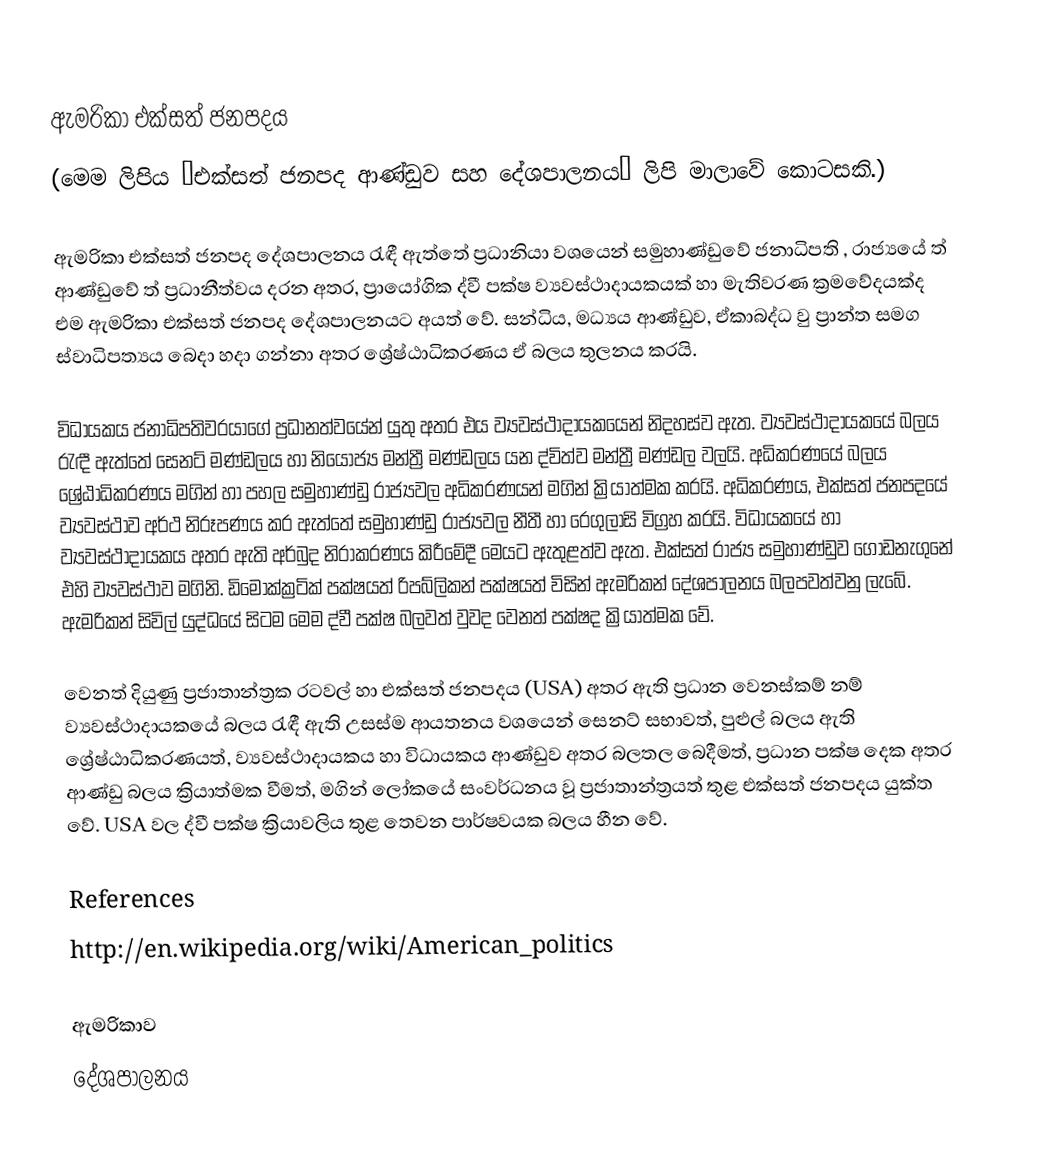
ඇමරිකා එක්සත් ජනපදය
(මෙම ලිපිය “එක්සත් ජනපද ආණ්ඩුව සහ දේශපාලනය”  ලිපි මාලාවේ කොටසකි.)

ඇමරිකා එක්සත් ජනපද දේශපාලනය රැඳී ඇත්තේ  ප්‍රධානියා වශයෙන් සමුහාණ්ඩුවේ ජනාධිපති , රාජ්‍යයේ ත් ආණ්ඩුවේ ත් ප්‍රධානීත්වය දරන අතර, ප්‍රායෝගික ද්වී පක්ෂ ව්‍යවස්ථාදායකයක් හා මැතිවරණ ක්‍රමවේදයක්ද එම ඇමරිකා එක්සත් ජනපද දේශපාලනයට අයත් වේ. සන්ධිය, මධ්‍යය ආණ්ඩුව, ඒකාබද්ධ වු ප්‍රාන්ත සමග  ස්වාධිපත්‍යය බෙදා හදා ගන්නා අතර ශ්‍රේෂ්ඨාධිකරණය ඒ බලය තුලනය කරයි.

විධායකය ජනාධිපතිවරයාගේ ප්‍රධානත්වයේන් යුතු අතර එය ව්‍යවස්ථාදායකයෙන් නිදහස්ව ඇත. ව්‍යවස්ථාදායකයේ බලය රැඳී ඇත්තේ සෙනට් මණ්ඩලය හා නියෝජ්‍ය මන්ත්‍රී මණ්ඩලය යන ද්විත්ව මන්ත්‍රී මණ්ඩල වලයි. අධිකරණයේ බලය ශ්‍රේඨාධිකරණය මගින් හා පහල සමුහාණ්ඩු රාජ්‍යවල අධිකරණයන් මගින් ක්‍රියාත්මක කරයි. අධිකරණය, එක්සත් ජනපදයේ ව්‍යවස්ථාව අර්ථ නිරූපණය  කර ඇත්තේ සමුහාණ්ඩු රාජ්‍යවල නීතී හා රෙගුලාසි විග්‍රහ කරයි. විධායකයේ හා ව්‍යවස්ථාදායකය අතර ඇති අර්බුද නිරාකරණය කිරීමේදී මෙයට ඇතුළත්ව ඇත. එක්සත් රාජ්‍ය සමුහාණ්ඩුව ගොඩනැගුනේ එහි ව්‍යවස්ථාව මගිනි. ඩිමොක්ක්‍රටික් පක්ෂයත් රිපබ්ලිකන් පක්ෂයත් විසින් ඇමරිකන් දේශපාලනය බලපවත්වනු ලැබේ. ඇමරිකන් සිවිල් යුද්ධයේ සිටම මෙම ද්වී පක්ෂ බලවත් වුවද වෙනත් පක්ෂද  ක්‍රියාත්මක වේ.

වෙනත් දියුණු ප්‍රජාතාන්ත්‍රක රටවල් හා එක්සත් ජනපදය (USA) අතර ඇති ප්‍රධාන වෙනස්කම් නම් ව්‍යවස්ථාදායකයේ බලය රැඳී ඇති උසස්ම ආයතනය වශයෙන් සෙනට් සභාවත්, පුළුල් බලය ඇති ශ්‍රේෂ්ඨාධිකරණයත්, ව්‍යවස්ථාදායකය හා විධායකය ආණ්ඩුව අතර බලතල බෙදීමත්, ප්‍රධාන පක්ෂ දෙක අතර ආණ්ඩු බලය ක්‍රියාත්මක වීමත්, මගින් ලෝකයේ සංවර්ධනය වූ ප්‍රජාතාන්ත්‍රයත්  තුළ එක්සත් ජනපදය යුක්ත වේ.  USA වල ද්වී පක්ෂ ක්‍රියාවලිය තුළ තෙවන පාර්ෂවයක බලය හීන වේ.

References
http://en.wikipedia.org/wiki/American_politics

ඇමරිකාව
දේශපාලනය